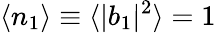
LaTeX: \langle n_{1}\rangle\equiv\langle|b_{1}|^{2}\rangle=1